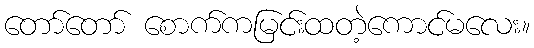
တော်တော် စောက်ကမြင်းထတဲ့ကောင်မလေး။